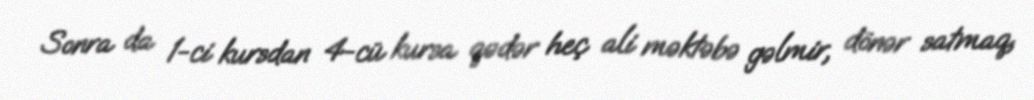
Sonra da 1-ci kursdan 4-cü kursa qədər heç ali məktəbə gəlmir, dönər satmaq,